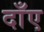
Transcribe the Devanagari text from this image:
दाँए